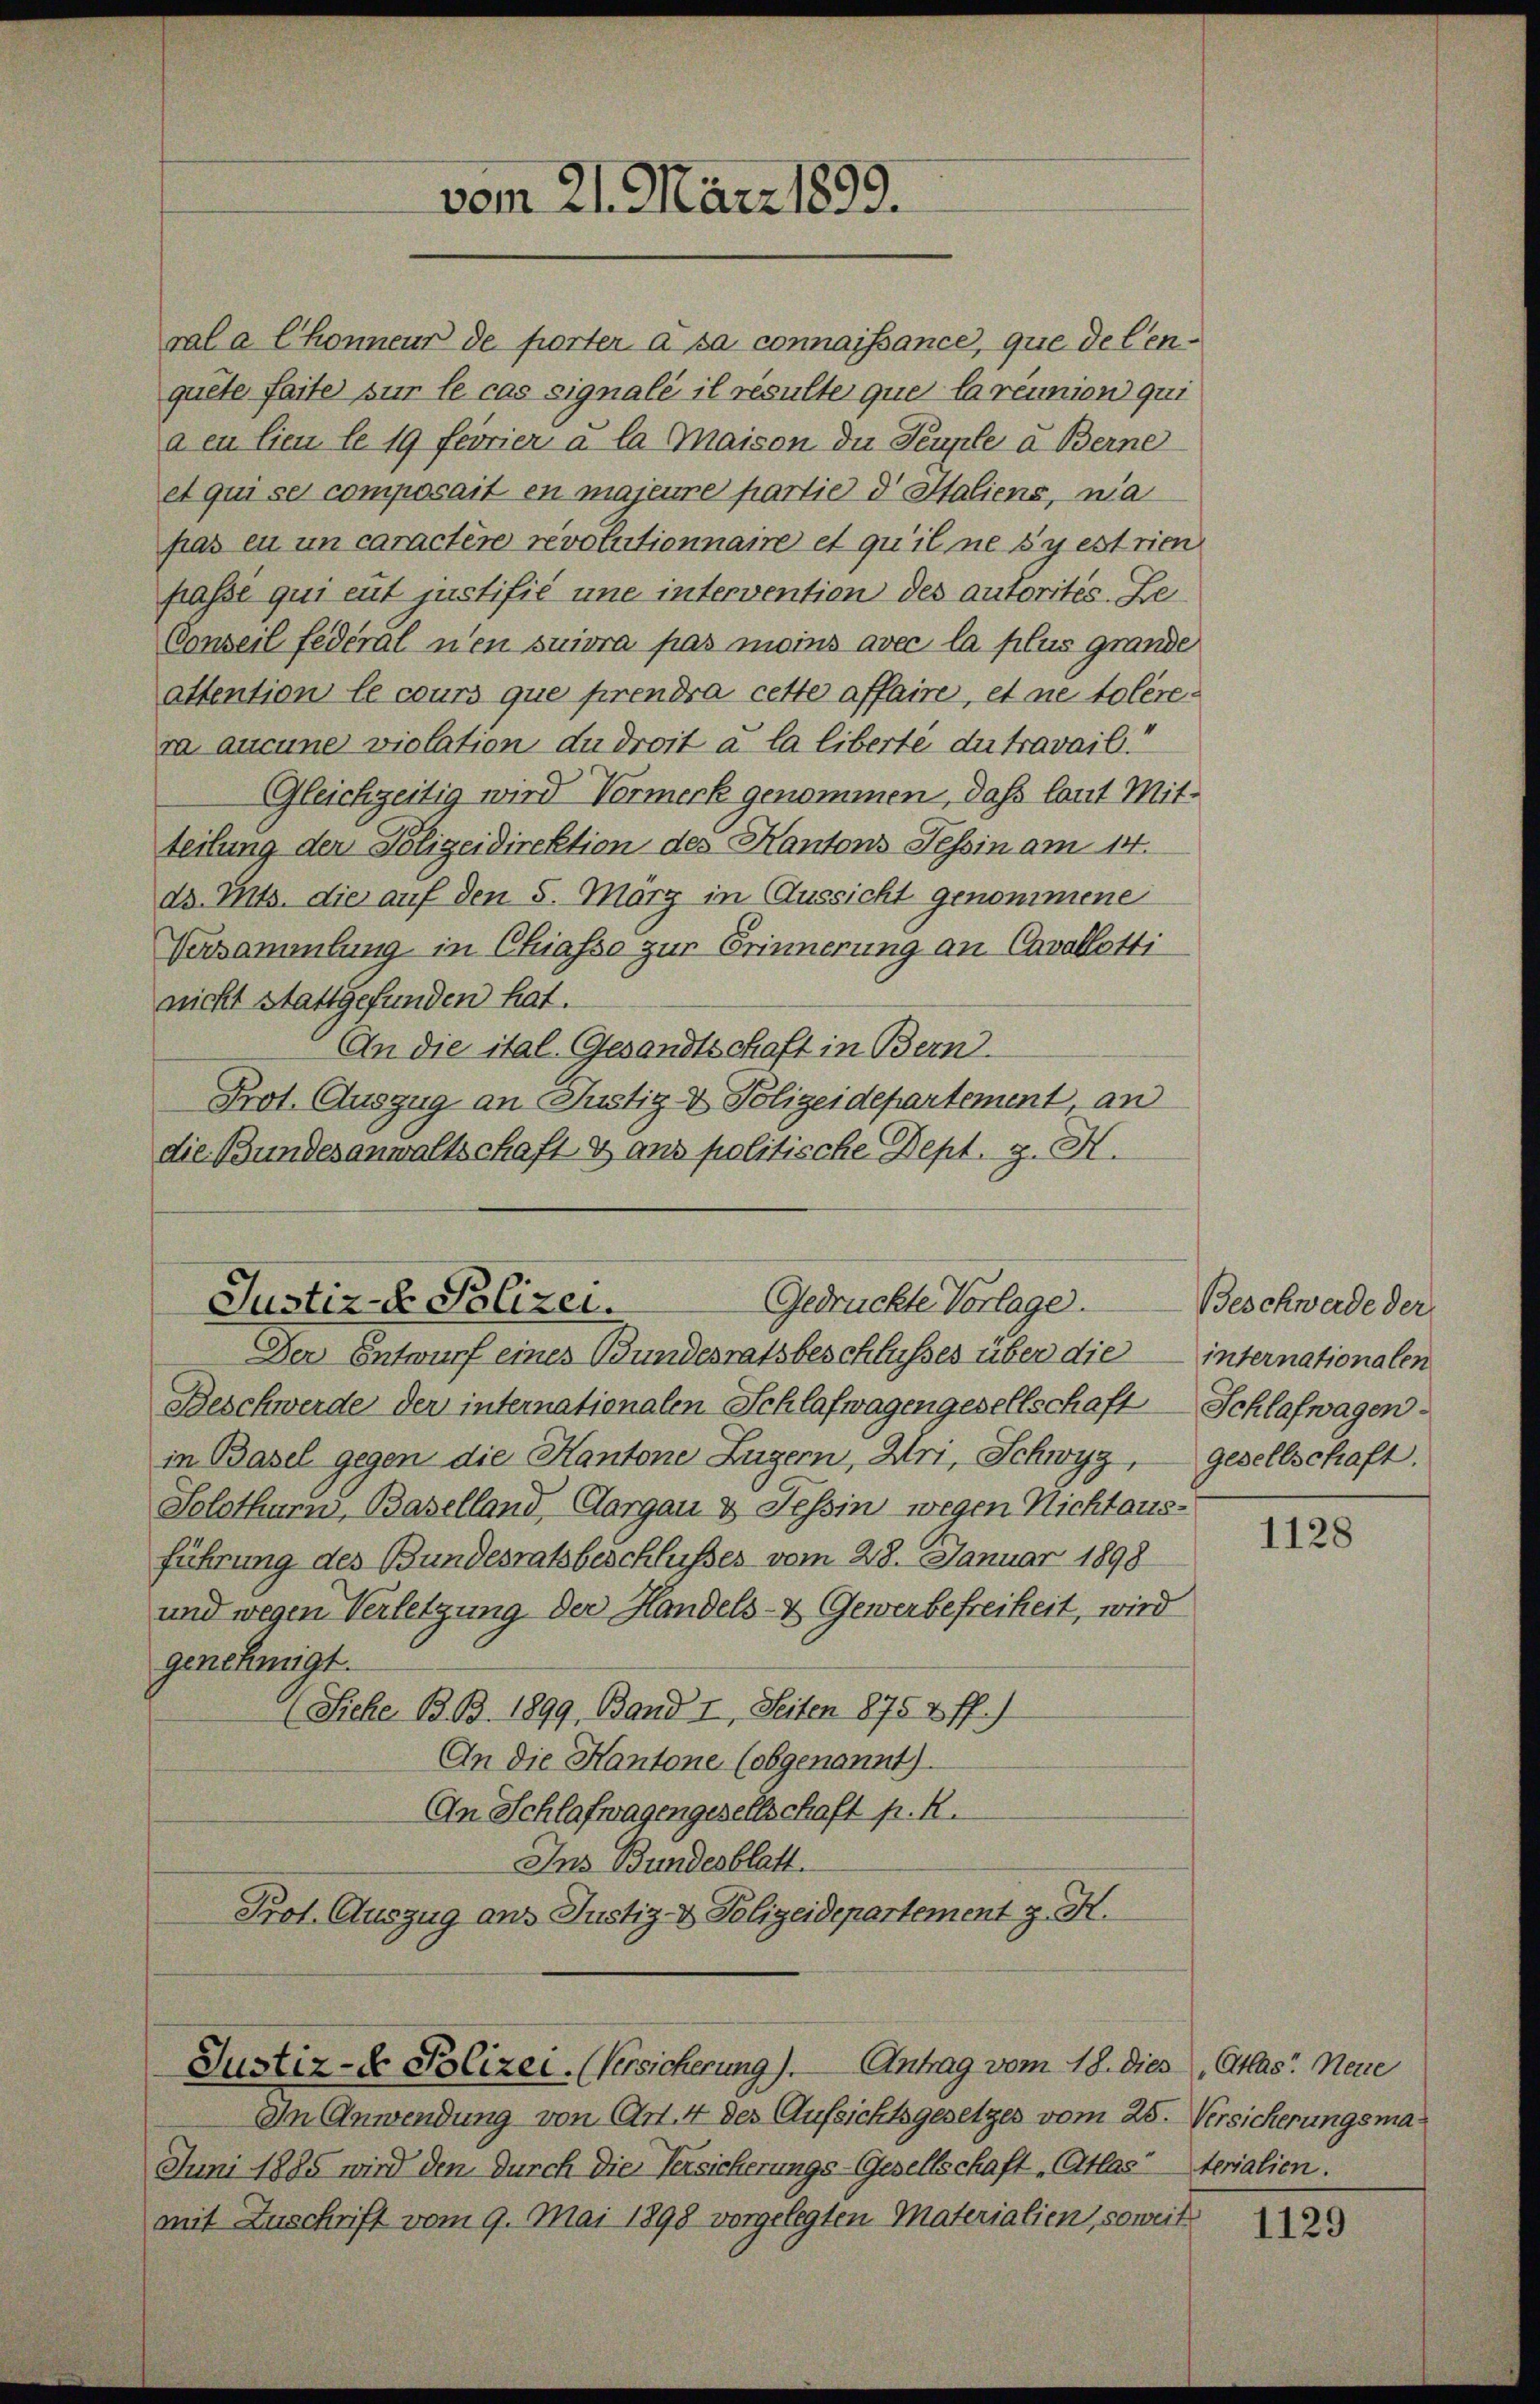
a eu lieu le 19 feorier u la maison die Teuple u Berne
et qui se composait en majeure partie d Italiens, na
pas en in caractère revolutionnaire et qu’il ne sy est rien
passé qui eut justifié une intervention des autorités. Ze
Conseil fédéral n’en suivra pas moins avec la plus grande
attention le cours que prendra cette affaire, et ne tolérera aucune violation du droit à la liberté du travail!
Gleichzeitig wird Vormerk genommen, daß laut Mitteilung der Polizeidirektion des Kantons Tessin am 14.
d. Mts. die auf den 5. März in Aussicht genommene
Versammlung in Chiasso zur Erinnerung an Cavallotti
nicht stattgefunden hat.
An die ital. Gesandtschaft in Bern.
Prot. Auszug an Justiz- & Polizeidepartement an
die Bundesanwaltschaft & ans politische Dept. g. H.

ral a Chonneur de porter à sa connaissance, que de Cenquete faite sur le cas signale il résulte que la réunion qui

Gedrückte Vorlage.
Justiz - Polizei.

Der Entwurf eines Bundesratsbeschlusses über die
Beschwerde der internationalen Schlafwagengesellschaft Schlafwagen
in Basel gegen die Kantone Luzern, Uri, Schwyz,
Solothurn, Baselland, Clargau & Tessin wegen Nichtausführung des Bundesratsbeschlusses vom 28. Januar 1898
und wegen Verletzung der Handels- & Gewerbefreiheit, wird
genehmigt.
(Siehe B. Bd. 1899, Band I, Seiten 1875 & ff.)
An die Kantone (obgenannt).
An Schlafwagengesellschaft pr. K.
Ins Bundesblatt.
Prot. Auszug aus Justiz- & Polizeidepartement z. H.

vom 21. März 1899.

Justiz- & Polizei. (Versicherung). Antrag vom 18. dies Atlas Neue

In Anwendung von Art. 4 des Aufsichtsgesetzes vom 25. Versicherungsma¬
Juni 1885 wird den durch die Versicherungs-Gesellschaft „Atlasterialien.
mit Zuschrift vom 9. Mai 1898 vorgelegten Materialien, soweit

Beschwerde der
internationalen
Gesellschaft.

1128

1129